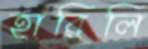
হারিলি